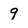
Character: 9